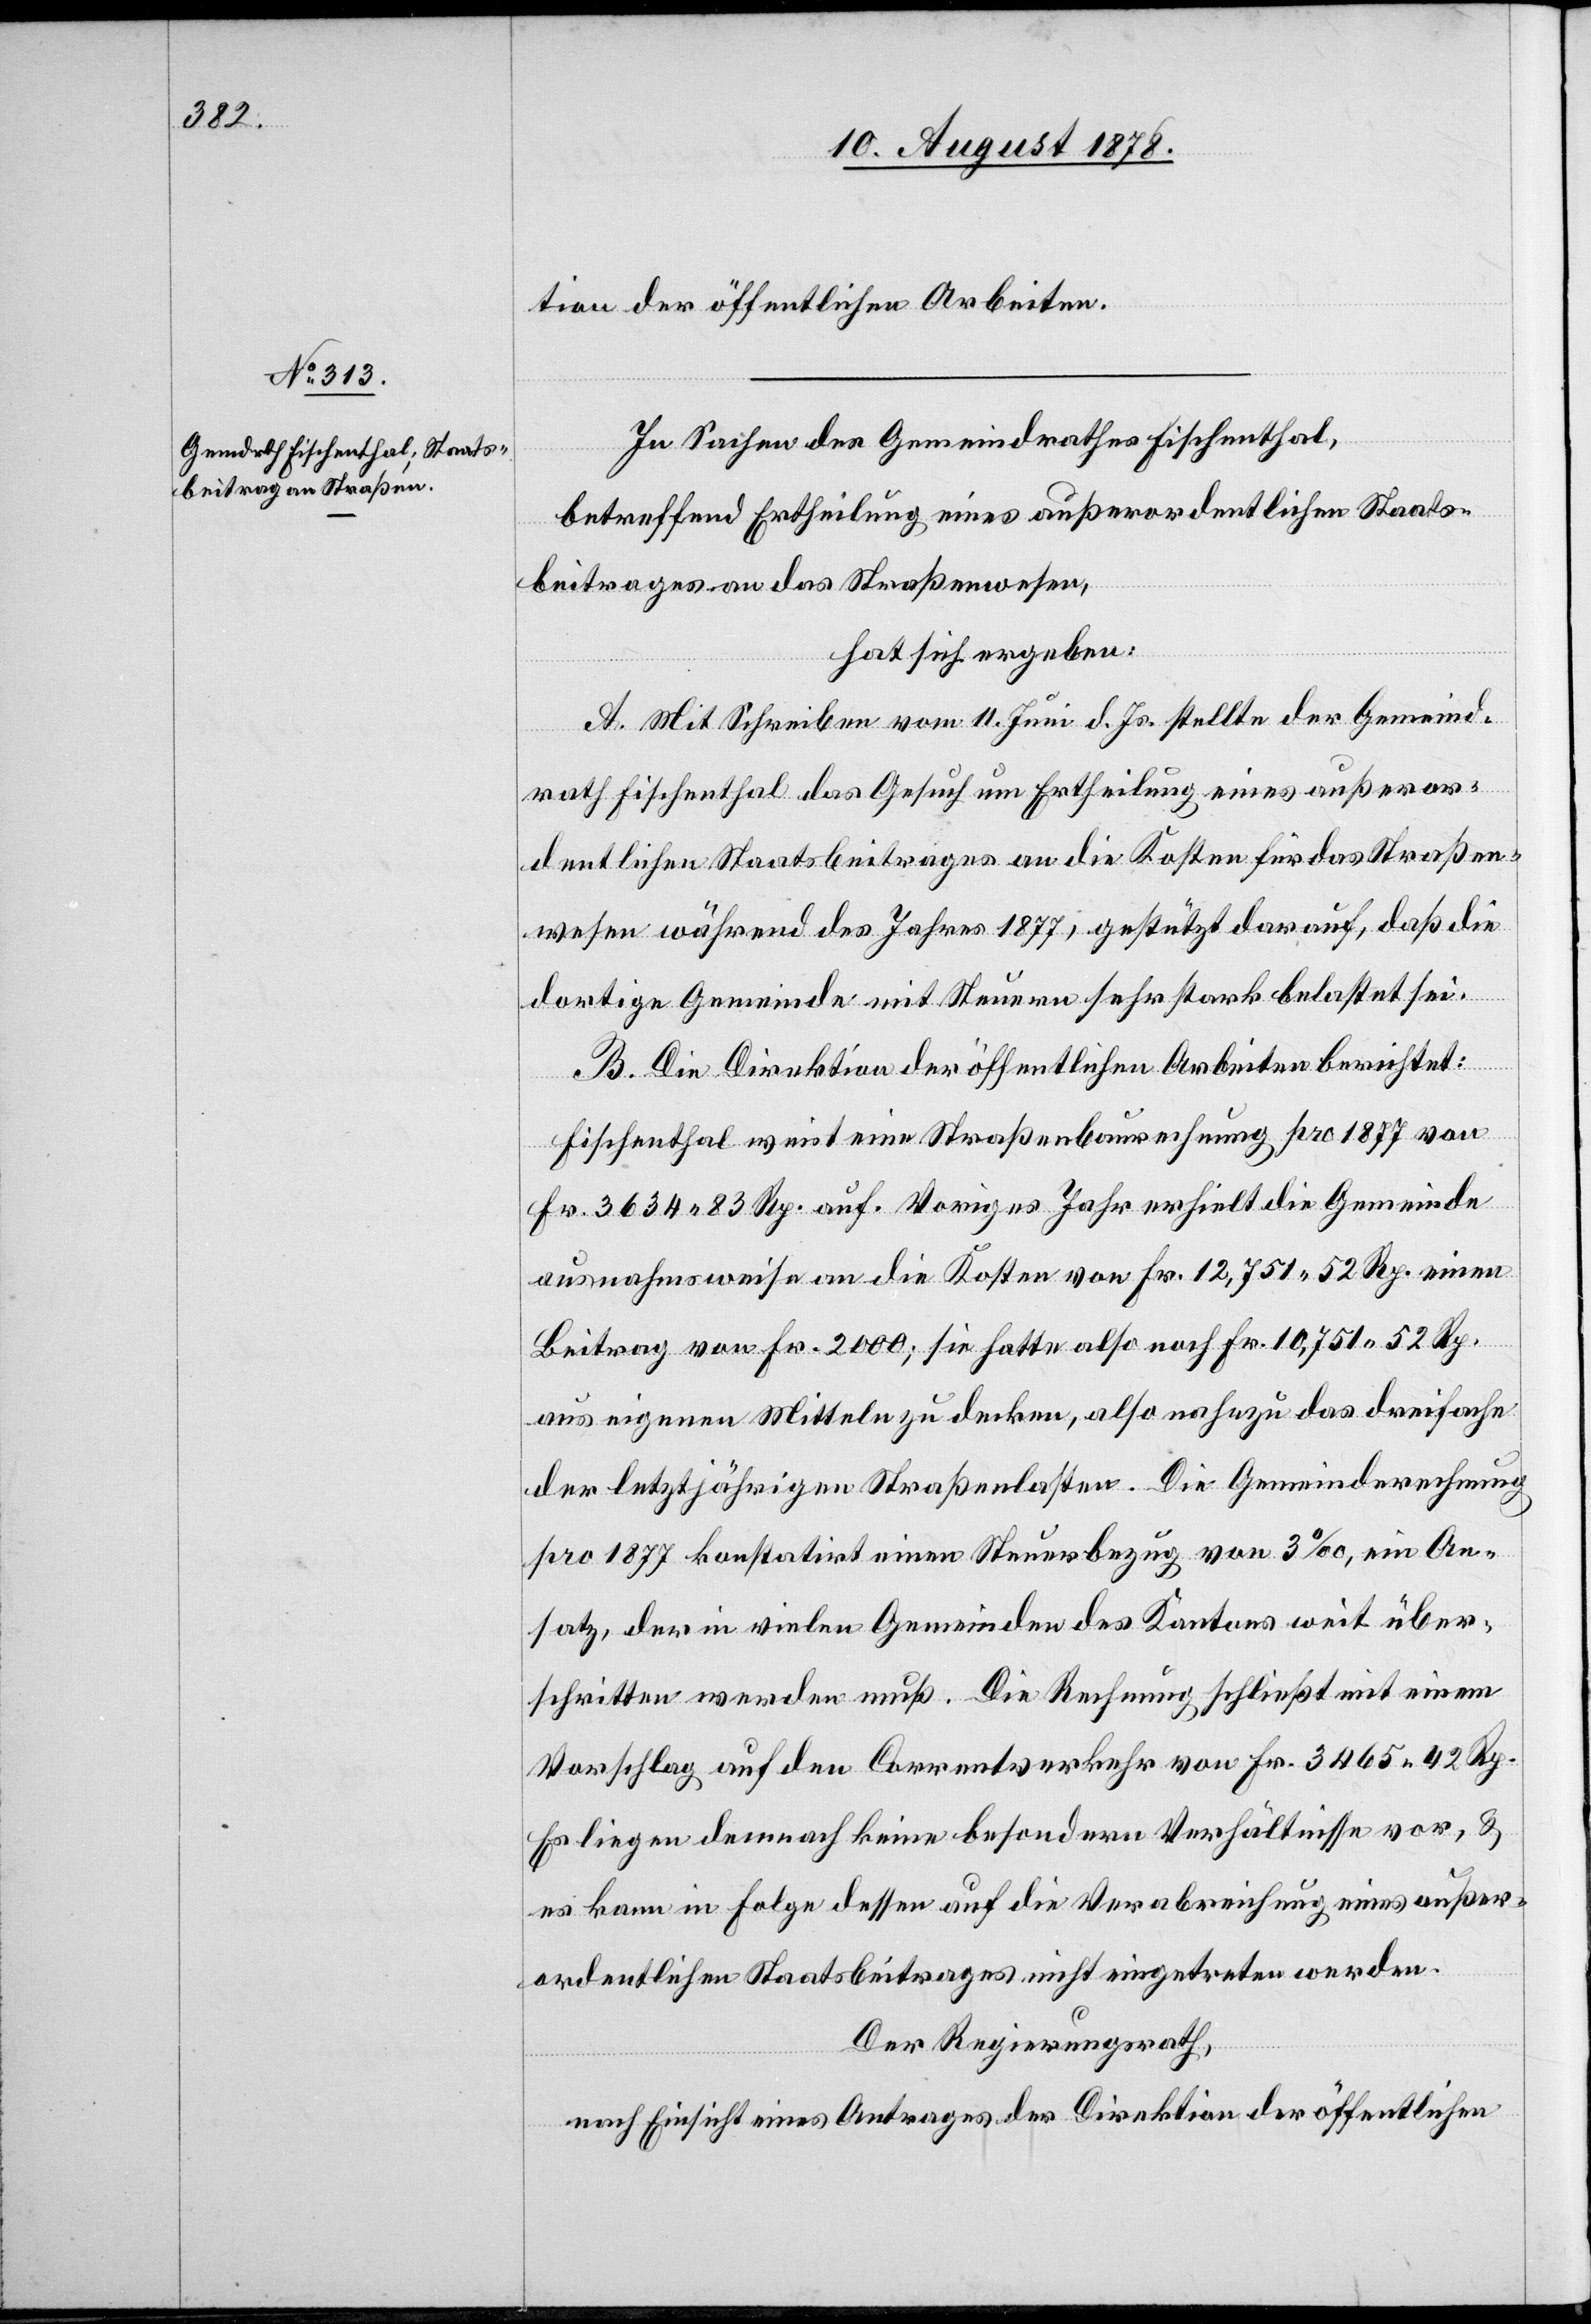
tion der öffentlichen Arbeiten.
In Sachen des Gemeindrathes Fischenthal,
betreffend Ertheilung eines außerordentlichen Staats¬
beitrages an das Straßenwesen,
hat sich ergeben:
A. Mit Schreiben vom 11. Juni d. Js. stellte der Gemeind¬
rath Fischenthal das Gesuch um Ertheilung eines außeror¬
dentlichen Staatsbeitrages an die Kosten für das Straßen¬
wesen während des Jahres 1877, gestützt darauf, daß die
dortige Gemeinde mit Steuern sehr stark belastet sei.
B. Die Direktion der öffentlichen Arbeiten berichtet:
Fischenthal weist eine Straßenbaurechnung pro 1877 von
Fr. 3634 83 Rp. auf. Voriges Jahr erhielt die Gemeinde
ausnahmsweise an die Kosten von Fr. 12,751 52 Rp.
aus eigenen Mitteln zu decken, also nahezu das dreifache
der letztjährigen Straßenlasten. Die Gemeinderechnung
pro 1877 konstatirt einen Steuerbezug von 3‰, ein An¬
satz, der in vielen Gemeinden des Kantons weit über¬
schritten werden muß. Die Rechnung schließt mit einem
Vorschlag auf den Correntverkehr von Fr. 3465 42 Rp.
Es liegen demnach keine besondern Verhältnisse vor, &
es kann in Folge dessen auf die Verabreichung eines außer¬
ordentlichen Staatsbeitrages nicht eingetreten werden.
Der Regierungsrath,
nach Einsicht eines Antrages der Direktion der öffentlichen